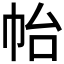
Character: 𭘚